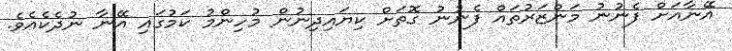
އޭނާއަށް ފެނުނު މަންޒަރުތައް ފެނުނު ގޮތަށް ކިޔައިދިނުން މުހިންމު ކަމުގައި އޭނާ ނުދެކެއެވެ.